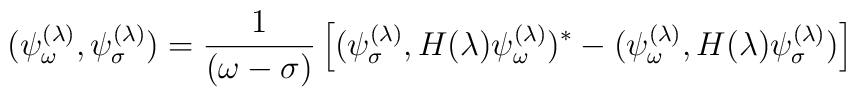
(\psi^{(\lambda)}_\omega,\psi^{(\lambda)}_\sigma)={1 \over (\omega-\sigma)}\left[(\psi^{(\lambda)}_\sigma,H(\lambda)\psi^{(\lambda)}_\omega)^{*}-(\psi^{(\lambda)}_\omega,H(\lambda)\psi^{(\lambda)}_\sigma)\right]~~~